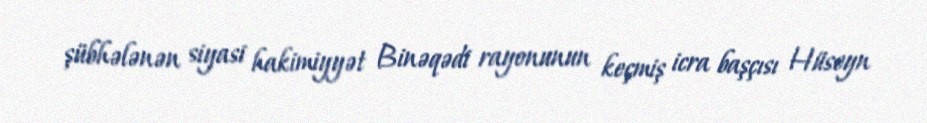
şübhələnən siyasi hakimiyyət Binəqədi rayonunun keçmiş icra başçısı Hüseyn